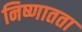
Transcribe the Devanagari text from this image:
निष्णातता